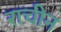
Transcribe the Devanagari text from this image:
राचीन